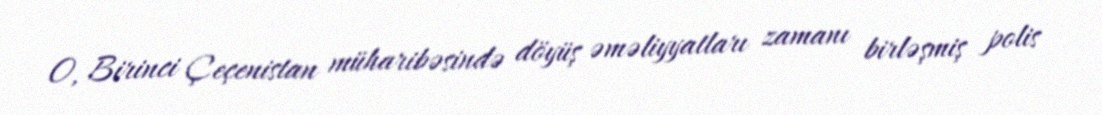
O, Birinci Çeçenistan müharibəsində döyüş əməliyyatları zamanı birləşmiş polis